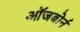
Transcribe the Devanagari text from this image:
ऑजबोर्न